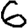
Digit: 6